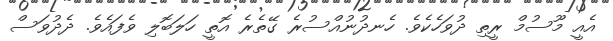
އެއީ މޫސުމް ރީތި ދުވަހެކެވެ. ހެނދުނުއްސުރެ ގޭތެރެ އޮތީ ހަލަބޮލި ވެފައެވެ. ދެދުވަސް